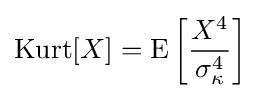
\operatorname {Kurt} [X]=\operatorname {E} \left[{\frac {X^{4}}{\sigma _{\kappa }^{4}}}\right]